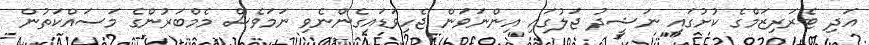
އަދި ޓެރަރިޒަމްގެ ކުށުގައި ނަޝީދު ޖަލުގައި އިންނަވަން ޖެހިވަޑައިގެންނެވި ނަމަވެސް މެމްބަރުންގެ މަސައްކަތުން